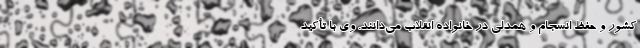
کشور و حفظ انسجام و همدلی در خانواده انقلاب می‌دانند. وی با تأکید